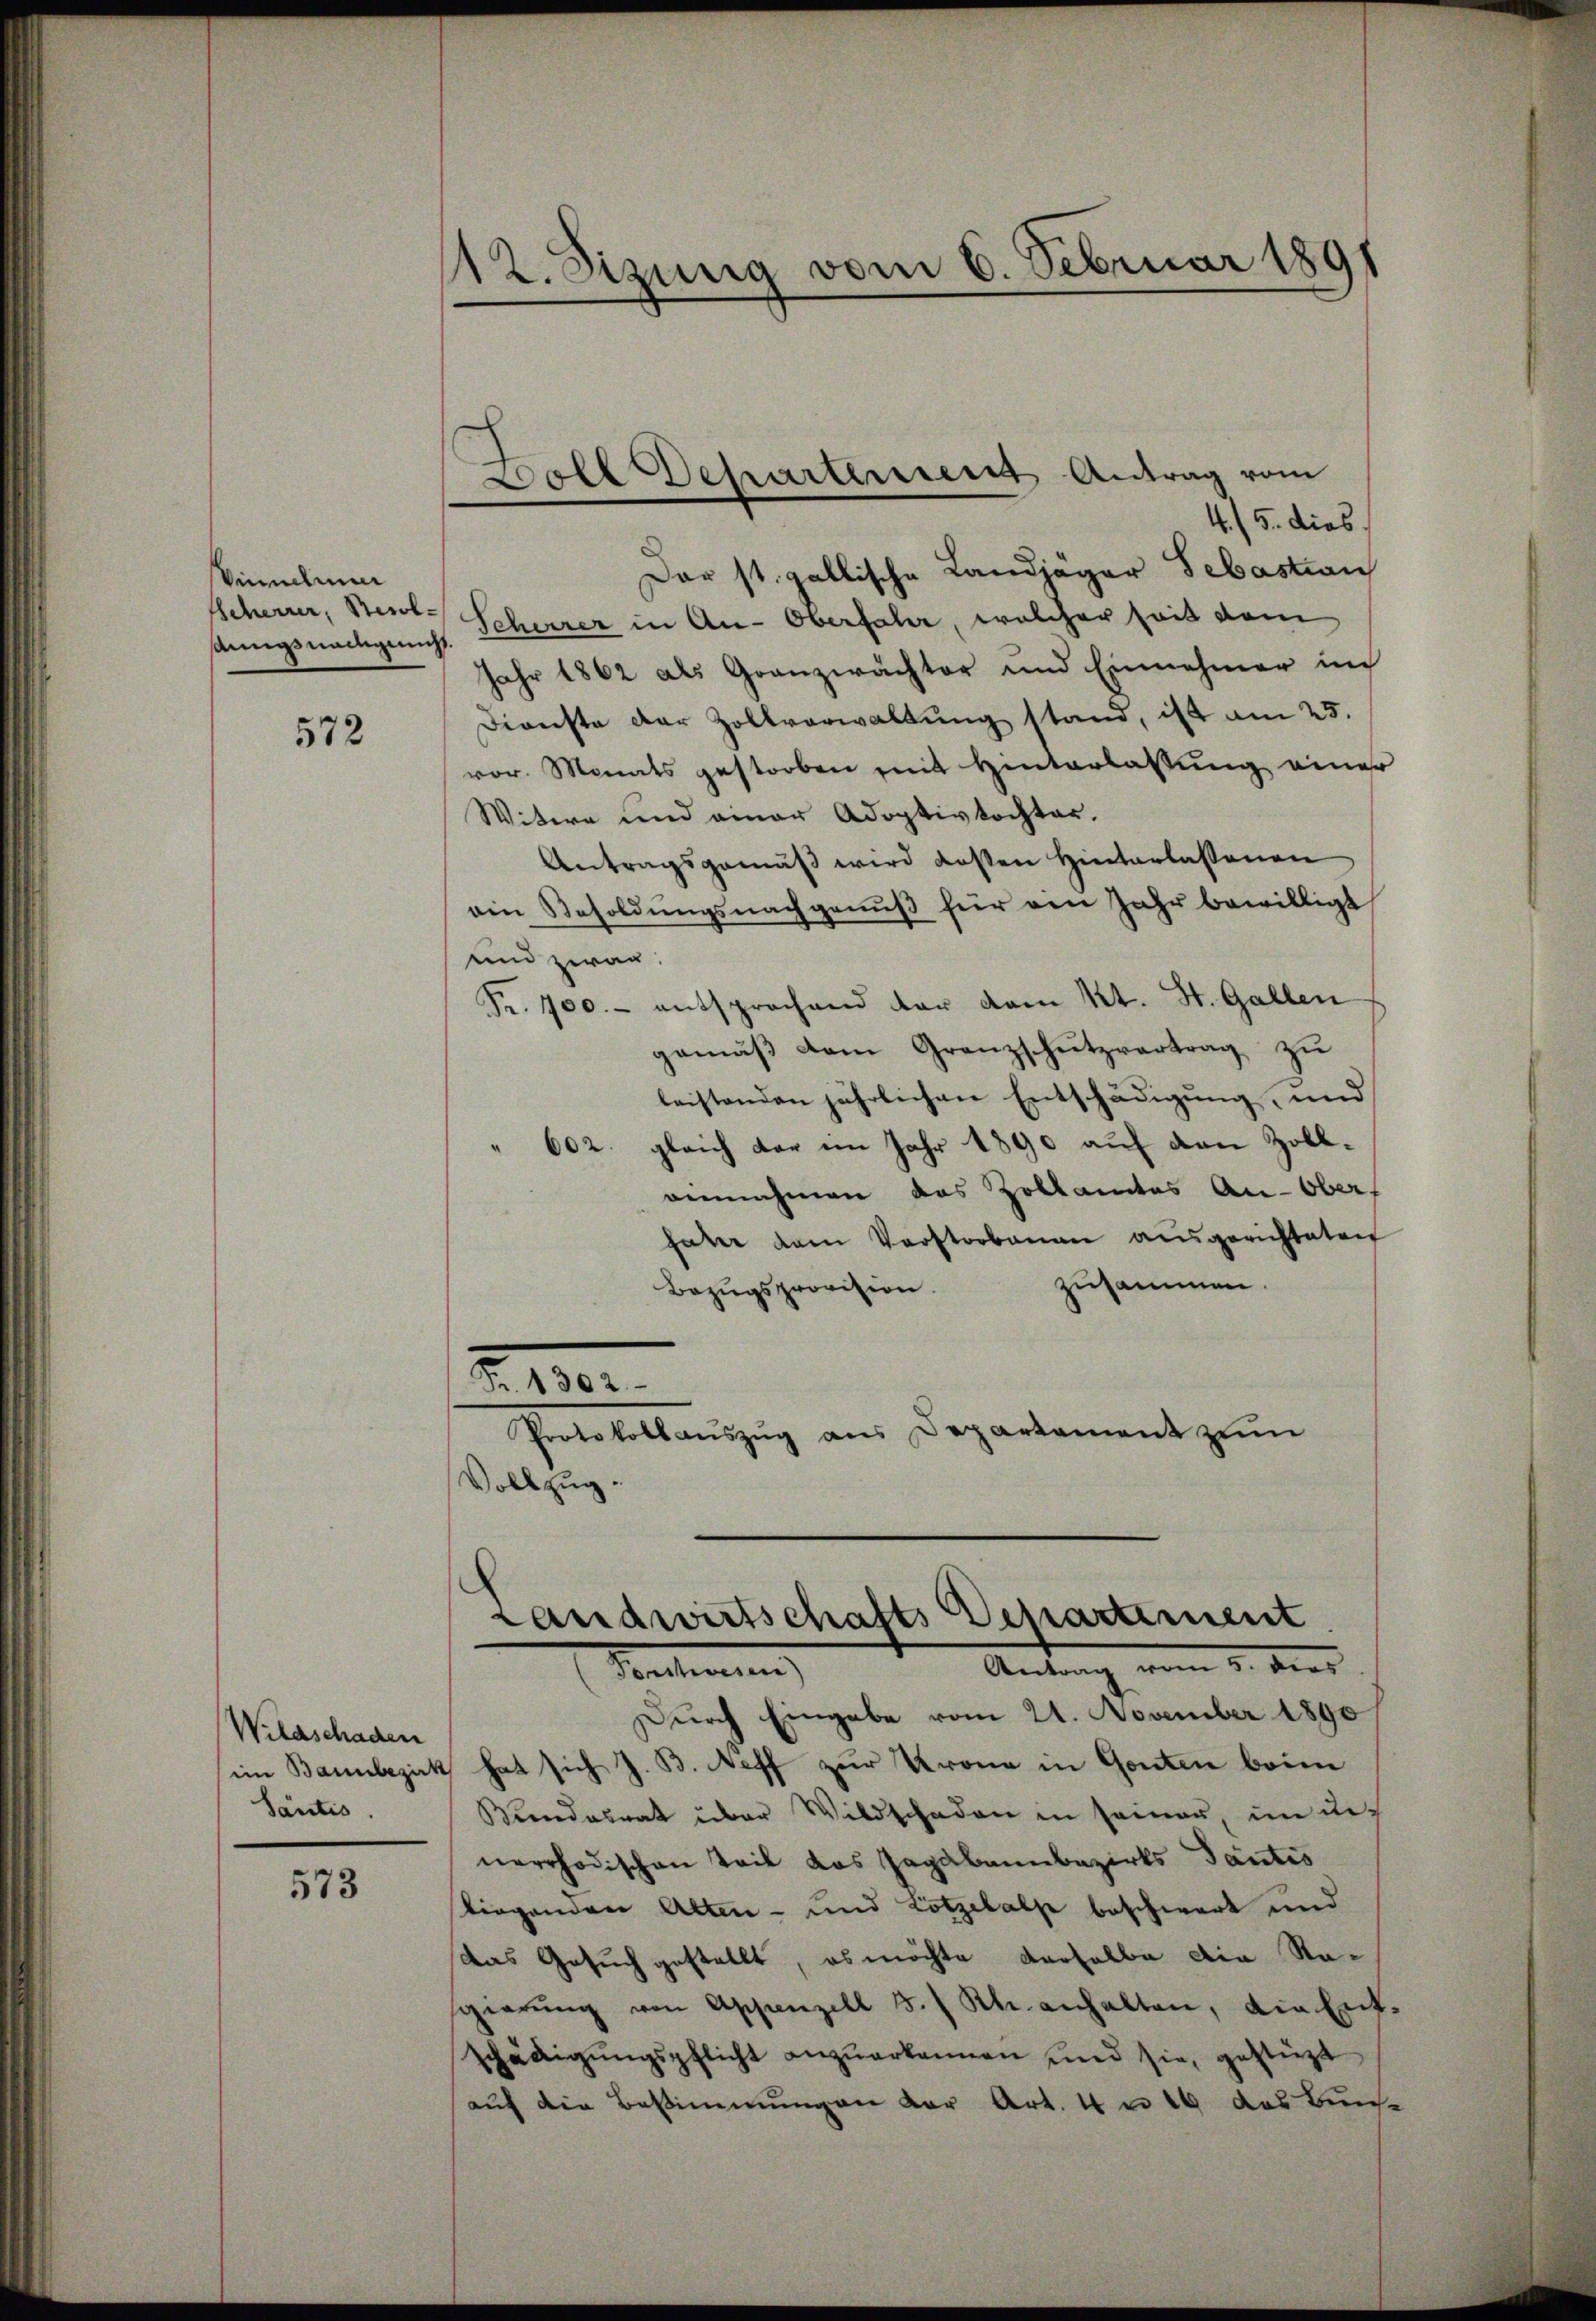
Vinneliu
Scheurer, Besolsänigsnachgeacht.

572

Wilaschaden
Säntis.

573

¬
p. 2. Sitzung vom 6. Februar 1891

4./5. dies
Dar st. gallische Landjäger Sebastian
Scherrer in An-Oberfahr, welcher seit dem
Jahr 1862 als Granzwächter und Einnehmer in
Dienste der Zollverwaltŭng stand, ist am 25.
vor. Monats gestorben mit Hinterlassung einer
Witwe und einer Adoptivtochter.
Antragsgemäβ wird kosten Hinterlassenen
ein Besoldŭngsnachgenŭβ für ein Jahr bewilligt
und zwar:
Fr. 700.- entsprochend der vom Kt. St. Gallen
gemäß dem Granzschutzvertrag zu
leistenden jährlichen Entschädigung, und
602. gleich der im Jahr 1890 auf den Zoll¬
.
annahmen das Zollamtes Au-Obers
hater dem Verstorbenen ausgerichteten
zusammen
Bezugsprovision.
2110.
Protokollaŭszŭg ans Departement zŭm
Vollzug.

Dole Departement Antrag vom

Landwirtschafts Departement
Antrag vom 5. dies
Ventirung

Durch Eingabe vom 21. November 1890
iin Bannbezirk hat sich J. B. Neff zur Krona in Gonten beim
Bundesrat über Wildschaden in seiner, in die
nerrhodischen Teil das Jagabannbezirks Tantis
liegenden Alten- und Lotzebalse beschwert und
das Gesuch gestellt, es möchte derselbe die Ragierŭng von Appenzell 3./ Kl. anhalten, die Ent-
schädigŭngspflicht anzŭerkannen und sie, gestützt
aŭf die Bestimmungen der Art. 4 n 10 das Bunse